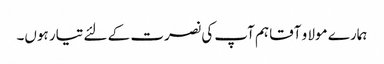
ہمارے مولا و آقا ہم آپ کی نصرت کے لئے تیار ہوں۔